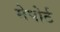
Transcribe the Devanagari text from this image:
मेपोर्ट